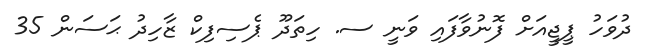
ދުވަހު ޕީޖީއަށް ފޮނުވާފައި ވަނީ ސ. ހިތަދޫ ޕެސިފިކް ޒާހިދު ޙަސަން 35